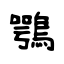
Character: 鶚